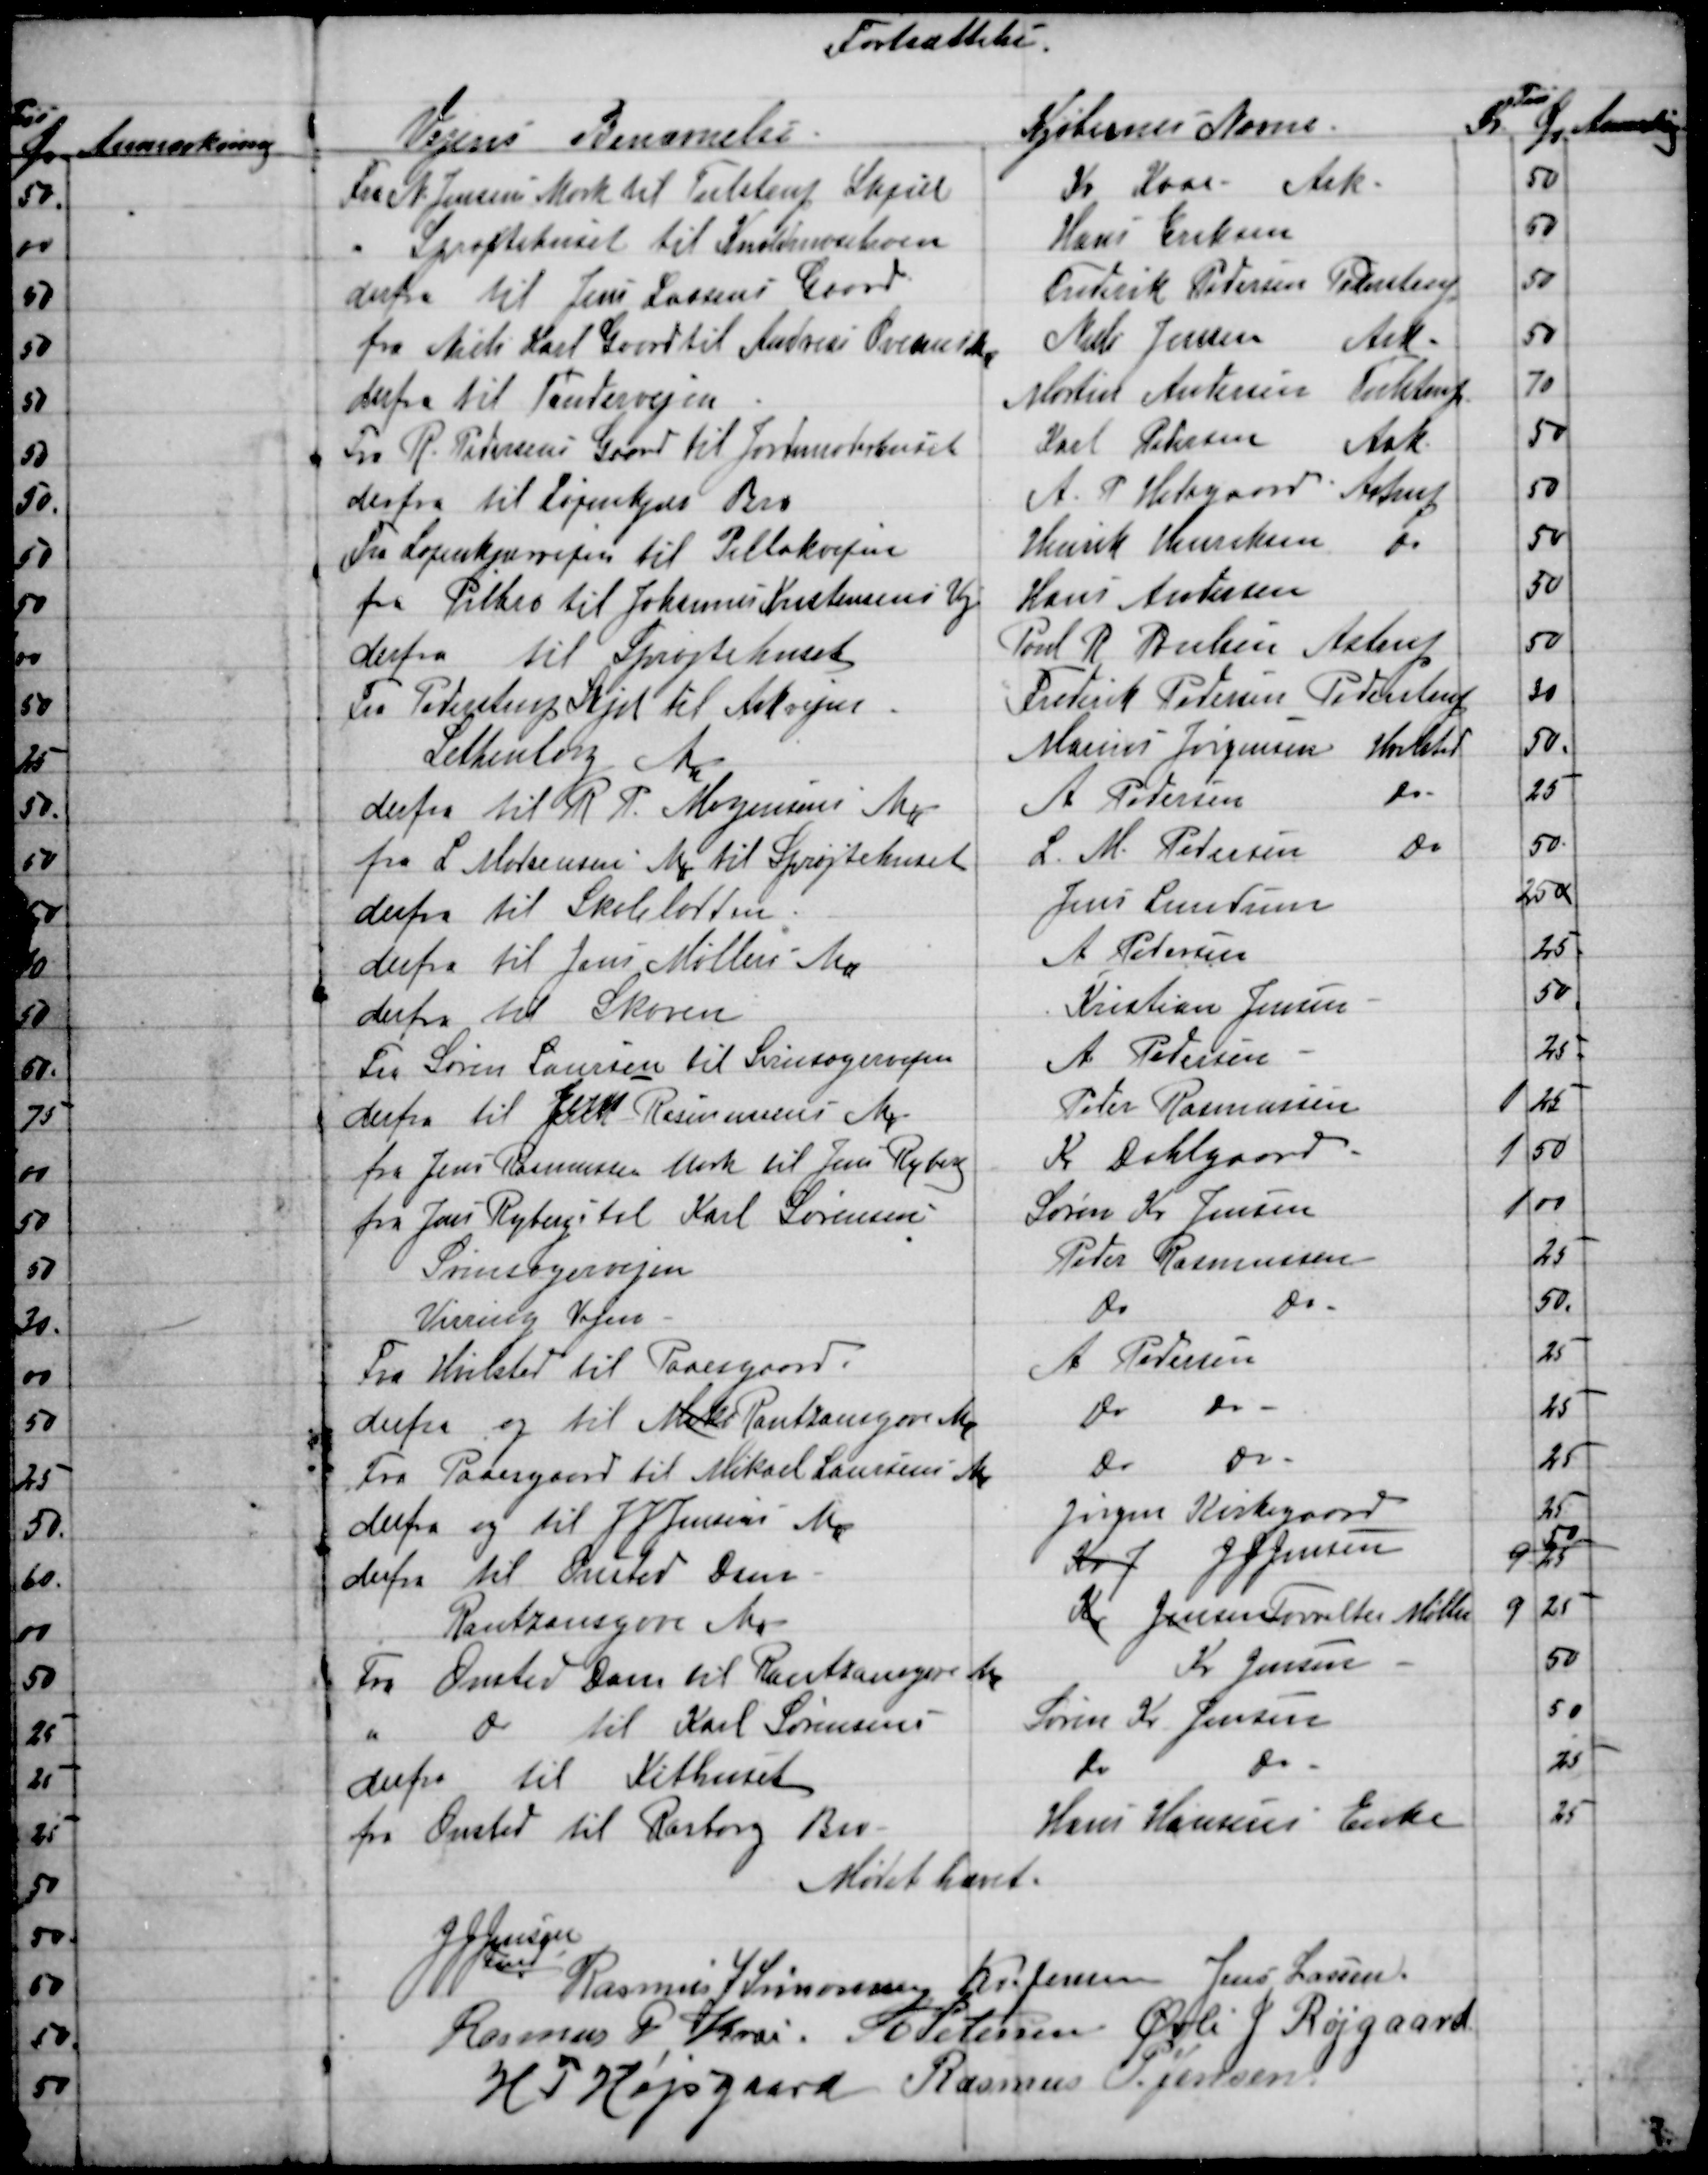
Transskription:
Fortsættelse.
Pris
Vejens Benævnelse
Kjøbernes Navne
Kr
Øre
Anmærkning
Fra N. Jensens Mark til Tulstrup Skjæl
Kr Kaae
Ask
50
Sprøjtehuset til Knoldmosebroen
Hans Eriksen
50
derfra til Jens Lassens Gaard
Frederik Pedersen Pederstrup
50
fra Niels Karl Gaard til Andreas Ovesens Mk
Niels Jensen
Ask
50
derfra til Tandervejen
Martin Andersen Tulstrup
70
Fra R. Pedersens Gaard til Jordemoderhuset
Karl Petersen
Ask
50
derfra til Løjenkjær Bro
A. P. Hedegaard Astrup
50
Fra Løjenkjærvejen til Pillakvejen
Henrik Henriksen
do
50
fra Pilbro til Johannes Kristensens Vej
Hans Andersen
50
derfra til Sprøjtehuset
Poul R. Poulsen Astrup
50
Fra Pederstrup Skjel til Askvejen.
Frederik Pedersen Pederstrup
30
Lethenborg Mk
Marius Jørgensen Hvilsted
50
derfra til R. P. Mogensens Mk
A Pedersen
do
25
fra L. Madsensen Mk til Sprøjtehuset
L. M. Pedersen
do
50
derfra til Skolelodden
Jens Lundum
250
derfra til Jens Møllers Mk
A Pedersen
25
derfra til Skoven
Kristian Jensen
50
Fra Søren Laursen til Svinsagervejen
A. Pedersen
25
derfra til Jens Rasmussens Mk
Peter Rasmussen
2
25
fra Jens Rasmussen Mark til Jens Ryberg
Kr Dahlgaard
1
50
fra Jens Ryberg til Karl Sørensen
Søren Kr. Jensen
1 00
Svinsagervejen
Peder Rasmussen
25
Virring Vejen
do
do
50.
Fra Hvilsted til Paaesgaard.
A Pedersen
25
derfra og til Mik Rantzausgave Mk
do 
do 
25
Fra Paaesgaard til Mikael Laursens Mk
do
do
25
derfra og til J J Jensens Mk
Jørgen Kirkegaard
25
derfra til Onsted Dam
Kr J J J Jensen
9 25
50
Rautzausgave Mk
Kr Jensen Forvalter Møller
9
25
Fra Onsted Dam til Rantzausgave Mk
Kr. Jensen
50
do til Karl Sørensens
Søren Kr. Jensen
50
derfra til Kithuset
do
do
25
fra Onsted til Rasborg Bev
Hans Hansens Enke
25
Mødet hævet.
J J. Jensen
Fmd.
Rasmus J Simonsen  Kr. Jensen  Jens Lassen
Rasmus P Krai  A Petersen  Øvli J. Røjgaard
H P Højsgaard  Rasmus P. Jensen